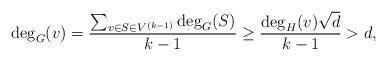
LaTeX: \begin{align*} \deg_G(v)= \frac{\sum_{v \in S \in V^{(k-1)}}\deg_G(S)}{k-1}\geq \frac{\deg_H(v)\sqrt{d}}{k-1}>d,\end{align*}